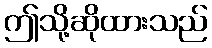
ဤသို့ဆိုထားသည်